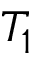
T _ { 1 }